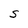
Character: s